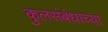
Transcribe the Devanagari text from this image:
कुलसंबंधाच्या